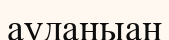
ауданыан